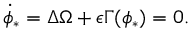
\dot { \phi } _ { * } = \Delta \Omega + \epsilon \Gamma ( \phi _ { * } ) = 0 .